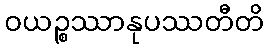
ဝယဉ္စဿာနုပဿတီတိ